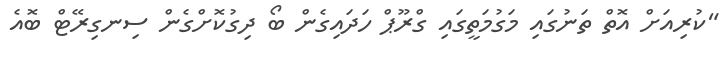
"ކުރިއަށް އޮތް ތަނުގައި މަގުމަތީގައި ގްރޫޕް ހަދައިގެން ބޯ ދިގުކޮށްގެން ސިނގިރޭޓް ބޮއެ